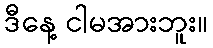
ဒီနေ့ ငါမအားဘူး။